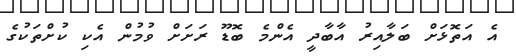
އެ އަތޮޅަށް ބަލާއިރު އާބާދީ އެންމެ ބޮޑޫ ރަށަށް ވުމުން އެކި ކުށްތަކުގެ